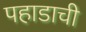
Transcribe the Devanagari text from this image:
पहाडाची